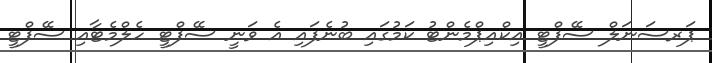
ޕަރސަނަލް ސޭފްޓީ އިކްއިޕްމެންޓު ކަމުގައި ބުނެފައި އެ ވަނީ ސޭފްޓީ ހެލްމެޓާއި ސޭފްޓީ